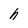
Character: h